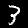
Label: 3